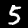
Label: 5